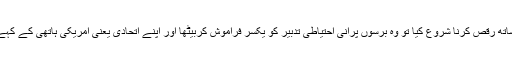
بھارتی ہاتھی نے لداخ کی وادی میں جب چینی ڈریگن کے ساتھ رقص کرنا شروع کیا تو وہ برسوں پرانی احتیاطی تدبیر کو یکسر فراموش کربیٹھا اور اپنے اتحادی یعنی امریکی ہاتھی کے کہے میں آکر چینی ڈریگن سے چھیڑ چھاڑ کی غلطی کر بیٹھا ۔